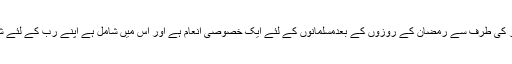
عید کا تصور عید آنے سے پہلے ہی جوش اور ولولہ پیدا کر دیتا ہے کیونکہ عید پروردگار کی طرف سے رمضان کے روزوں کے بعدمسلمانوں کے لئے ایک خصوصی انعام ہے اور اس میں شامل ہے اپنے رب کے لئے شکرانہ اور اس کے بندوں کے لئے پیار، محبت، ایثاراور سب کو خوشیوں میں شامل کرنا۔